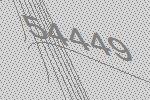
54449